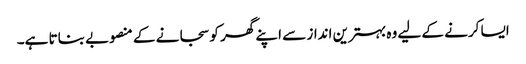
ایسا کرنے کے لیے وہ بہترین انداز سے اپنے گھر کو سجانے کے منصوبے بناتا ہے۔